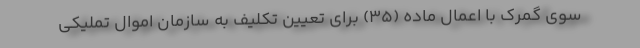
سوی گمرک با اعمال ماده (۳۵) برای تعیین تکلیف به سازمان اموال تملیکی